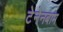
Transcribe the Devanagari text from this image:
टेनेनबाम